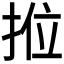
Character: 𭠿